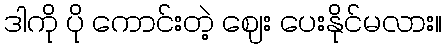
ဒါကို ပို ကောင်းတဲ့ ဈေး ပေးနိုင်မလား။